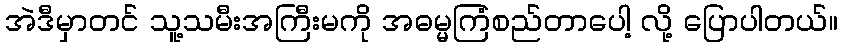
အဲဒီမှာတင် သူ့သမီးအကြီးမကို အဓမ္မကြံစည်တာပေါ့ လို့ ပြောပါတယ်။